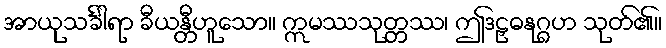
အာယုသင်္ခါရာ ခီယန္တီဟူသော။ ဣမဿသုတ္တဿ၊ ဤဒဠှဓနုဂ္ဂဟ သုတ်၏။